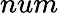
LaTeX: num